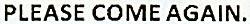
PLEASE COME AGAIN.